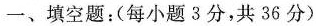
一、填空题：(每小题3分，共36分)